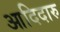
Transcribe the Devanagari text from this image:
आदिदारु